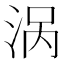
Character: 涡